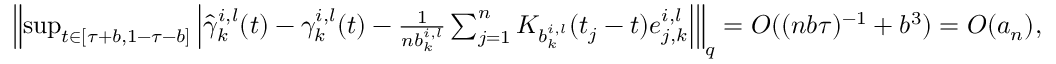
\begin{array} { r } { \left\| \operatorname* { s u p } _ { t \in [ \tau + b , 1 - \tau - b ] } \left| \hat { \gamma } _ { k } ^ { i , l } ( t ) - \gamma _ { k } ^ { i , l } ( t ) - \frac { 1 } { n b _ { k } ^ { i , l } } \sum _ { j = 1 } ^ { n } K _ { b _ { k } ^ { i , l } } ( t _ { j } - t ) e _ { j , k } ^ { i , l } \right| \right\| _ { q } = O ( ( n b \tau ) ^ { - 1 } + b ^ { 3 } ) = O ( a _ { n } ) , } \end{array}